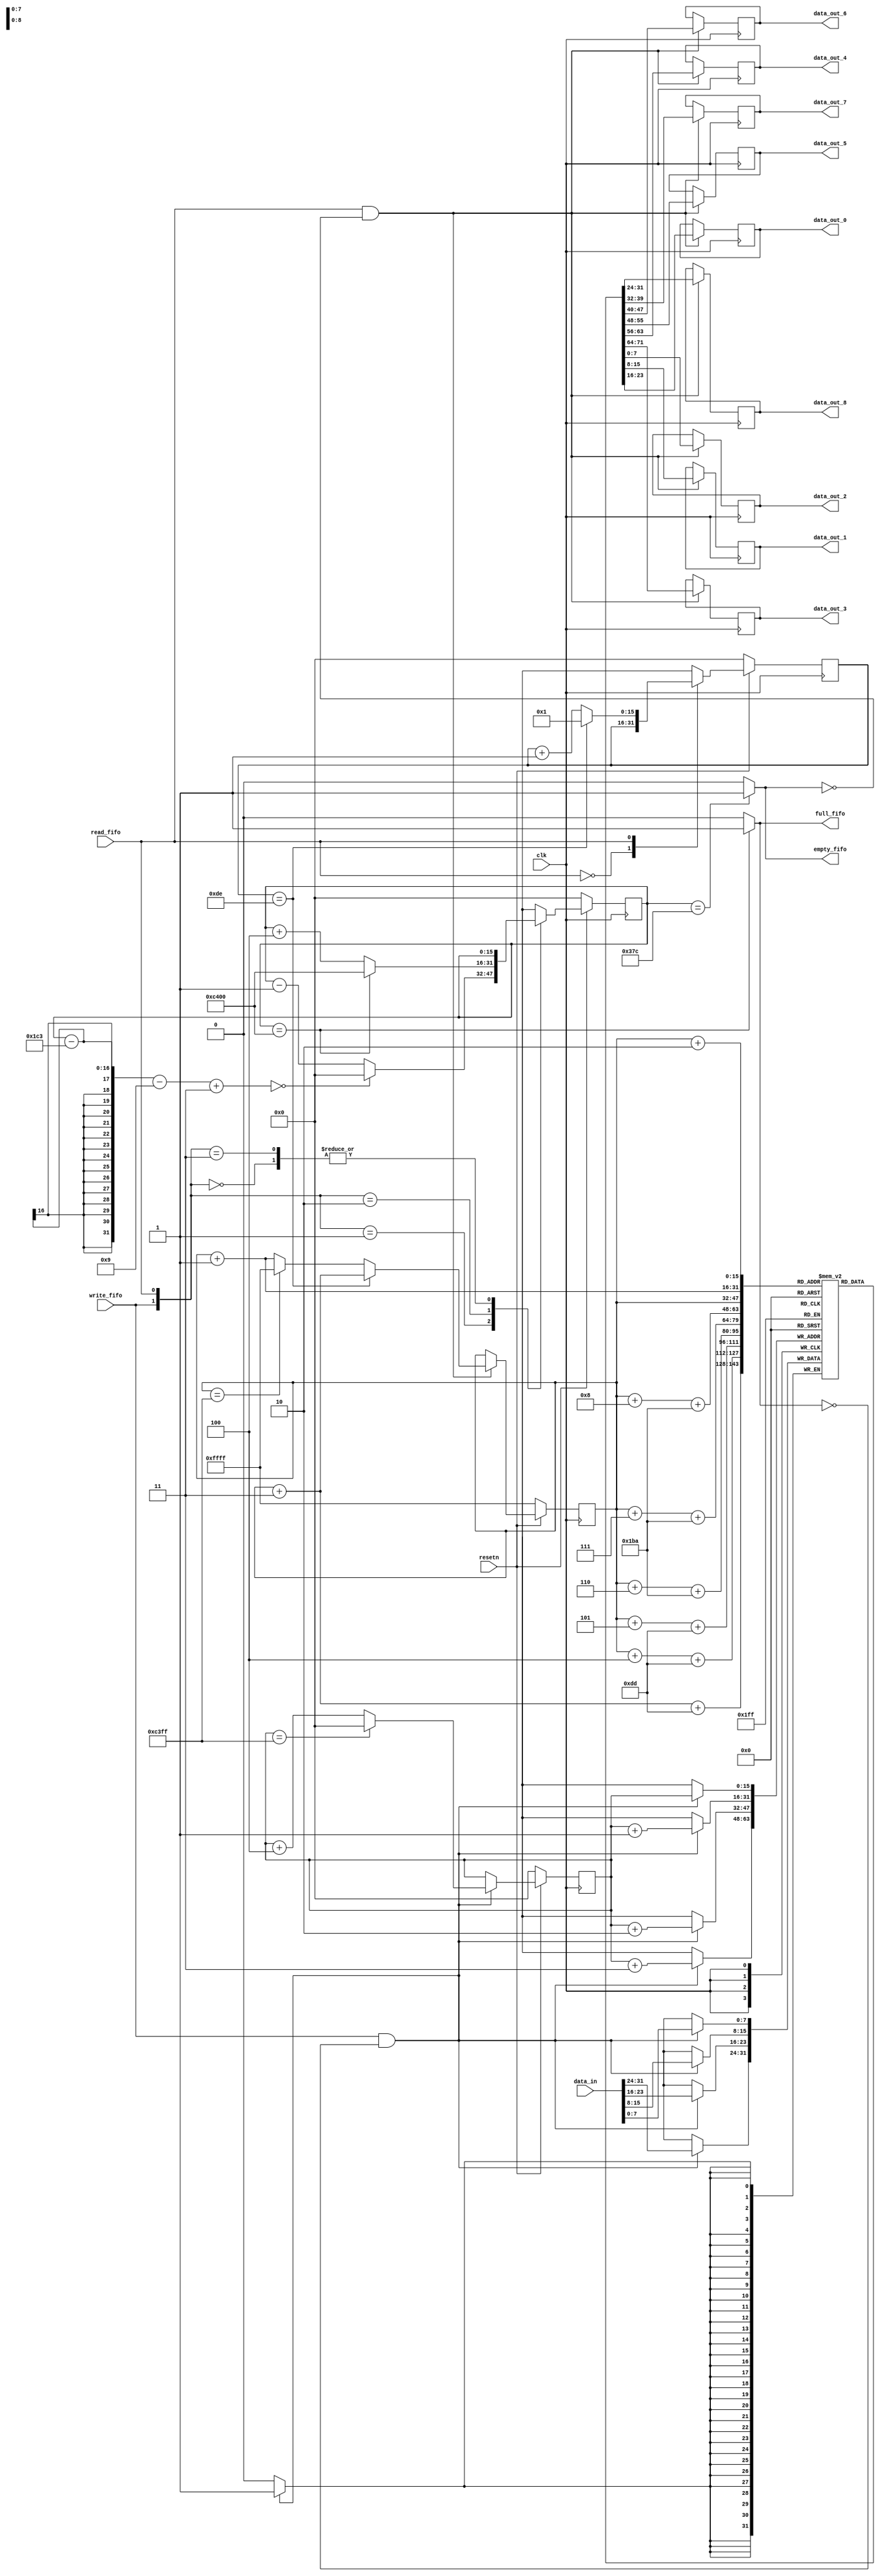
`timescale 1ns / 1ps
//////////////////////////////////////////////////////////////////////////////////
// Company: 
// Engineer: 
// 
// Design Name: 
// Module Name: fifo_35to9
// Project Name: 
// Target Devices: 
// Tool Versions: 
// Description: 
// 
// Dependencies: 
// 
// Revision:
// Revision 0.01 - File Created
// Additional Comments:
// 
//////////////////////////////////////////////////////////////////////////////////

`define FIFO_SZ             50176//36//784 // ROWS * COLS = (28x28) // 224*224 = 50176
`define FIFO_DATA_IN_WH     32
`define FIFO_DATA_OUT_WH    8
`define BUFFER_WINDOW       451// 224(1st row) + 224(2nd row) + 3(3rd row)           15//59 for 28x28
`define DATAS               9
`define ROW_PIXELS          224

module fifo_image(
        clk, resetn,
        write_fifo, read_fifo,
        empty_fifo, full_fifo,
        data_in,
        data_out_0,
        data_out_1,
        data_out_2,
        data_out_3,
        data_out_4,
        data_out_5,
        data_out_6,
        data_out_7,
        data_out_8
    );
    
input clk, resetn;
input write_fifo;
input read_fifo;
input [`FIFO_DATA_IN_WH - 1 : 0] data_in;
reg [`FIFO_DATA_IN_WH/2 - 1 : 0] counter_fifo, special_count;
output empty_fifo, full_fifo;
output reg [`FIFO_DATA_OUT_WH - 1 : 0]  data_out_0,
                                        data_out_1,
                                        data_out_2,
                                        data_out_3,
                                        data_out_4,
                                        data_out_5,
                                        data_out_6,
                                        data_out_7,
                                        data_out_8;

reg [`FIFO_DATA_IN_WH/4 - 1 : 0] memory_fifo [`FIFO_SZ-1 : 0];
reg [`FIFO_DATA_IN_WH/2 - 1 : 0] write_ptr;
reg [`FIFO_DATA_IN_WH/2 - 1 : 0] read_ptr;


//assign empty_fifo = (write_ptr == read_ptr) ? 1'b1 : 1'b0;
assign empty_fifo = (counter_fifo == (`ROW_PIXELS*4)-4) ? 1'b1 : 1'b0;
assign full_fifo = (counter_fifo == `FIFO_SZ) ? 1'b1 : 1'b0;
//assign read_fifo = (full_fifo == 1'b1) ? 1'b1 : 1'b0;


// Write BLOCK
always @(posedge clk) begin: write
    if (write_fifo == 1'b1 && full_fifo == 1'b0) begin
        memory_fifo[write_ptr]   <= data_in[(`FIFO_DATA_IN_WH/4)-1   : 0];
        memory_fifo[write_ptr+1] <= data_in[(`FIFO_DATA_IN_WH/2)-1   : (`FIFO_DATA_IN_WH/4)];
        memory_fifo[write_ptr+2] <= data_in[(`FIFO_DATA_IN_WH/4*3)-1 : (`FIFO_DATA_IN_WH/2)];
        memory_fifo[write_ptr+3] <= data_in[(`FIFO_DATA_IN_WH-1)     : (`FIFO_DATA_IN_WH/4*3)];
    end
end

// Pointer Write BLOCK
always @(posedge clk) begin: pointer_w
    if (resetn == 1'b0) begin
        write_ptr <= 0;
    end
    else begin
        if (write_fifo == 1'b1 && full_fifo == 1'b0) begin 
            write_ptr <= (write_ptr == `FIFO_SZ - 1) ? 0 : write_ptr + 4;
        end
    end
end

// Read BLOCK
always @(posedge clk) begin: read
    if (read_fifo == 1'b1 && empty_fifo == 1'b0) begin
        data_out_0 <= memory_fifo[read_ptr];
        data_out_1 <= memory_fifo[read_ptr+1];
        data_out_2 <= memory_fifo[read_ptr+2];
        data_out_3 <= memory_fifo[read_ptr+3 + ((`BUFFER_WINDOW-`DATAS)/2)];
        data_out_4 <= memory_fifo[read_ptr+4 + ((`BUFFER_WINDOW-`DATAS)/2)];
        data_out_5 <= memory_fifo[read_ptr+5 + ((`BUFFER_WINDOW-`DATAS)/2)];
        data_out_6 <= memory_fifo[read_ptr+6 + (`BUFFER_WINDOW-`DATAS)];
        data_out_7 <= memory_fifo[read_ptr+7 + (`BUFFER_WINDOW-`DATAS)];
        data_out_8 <= memory_fifo[read_ptr+8 + (`BUFFER_WINDOW-`DATAS)];
    end
end



// Pointer Read BLOCK
always @(posedge clk) begin: pointer_r
    if (resetn == 1'b0) begin
       read_ptr <= -1;
    end
    else begin
        if (read_fifo == 1'b1 && empty_fifo == 1'b0) begin
            if (special_count == `ROW_PIXELS-2) begin
                read_ptr <= read_ptr + 3;
            end else
                read_ptr <= (read_ptr == `FIFO_SZ - 1) ? -1 : read_ptr + 1;
            end
        end
    end


/*
always @(posedge clk, posedge full_fifo) begin
    if (resetn == 1'b0) begin
        // Estado inicial
        read_fifo <= 1'b0;
    end else begin
        if (full_fifo == 1'b1 && ~read_fifo) begin
            read_fifo <= 1'b1;
        end else begin
            read_fifo <= 1'b0;
        end
    end
end
*/

// Counter BLOCK
always @(posedge clk) begin: counter
    if (resetn == 1'b0) begin
        counter_fifo <= 0;
    end
    else begin
        case ({write_fifo, read_fifo})
            2'b00 : counter_fifo <= counter_fifo;
            2'b01 : counter_fifo <= (counter_fifo-`BUFFER_WINDOW-`DATAS+3 == 0) ? 0 : counter_fifo - 1;
            2'b10 : counter_fifo <= (counter_fifo == `FIFO_SZ) ? `FIFO_SZ : counter_fifo + 4;
            2'b11 : counter_fifo <= counter_fifo;
            default : counter_fifo <= counter_fifo;
        endcase
    end
end

// Special Counter BLOCK
always @(posedge clk) begin: special_counter
    if (resetn == 1'b0) begin
        special_count <= 0;
    end
    else begin
        case (read_fifo)
            1'b0 : special_count <= special_count;
            1'b1 : special_count <= (special_count == `ROW_PIXELS-2) ? 1 : special_count + 1;
            default : special_count <= special_count;
        endcase
    end
end

endmodule